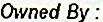
OWNED BY :